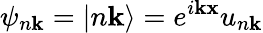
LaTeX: \psi_{n\mathbf{k}}=|n\mathbf{k}\rangle=e^{i\mathbf{k}\mathbf{x}}u_{n\mathbf{k}}